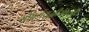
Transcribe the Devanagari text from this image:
सौदर्यवृद्धीसाठी